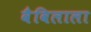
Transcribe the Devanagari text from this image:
वैविलाला